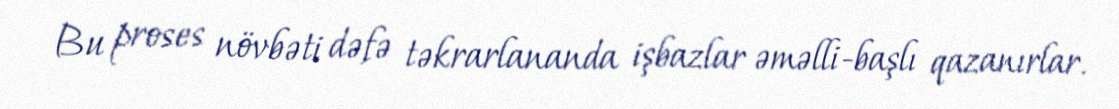
Bu proses növbəti dəfə təkrarlananda işbazlar əməlli-başlı qazanırlar.